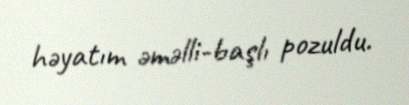
həyatım əməlli-başlı pozuldu.